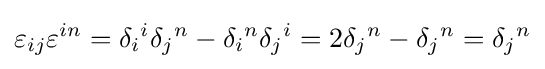
\varepsilon _{ij}\varepsilon ^{in}=\delta _{i}{}^{i}\delta _{j}{}^{n}-\delta _{i}{}^{n}\delta _{j}{}^{i}=2\delta _{j}{}^{n}-\delta _{j}{}^{n}=\delta _{j}{}^{n}